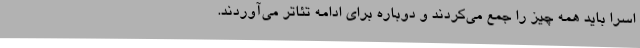
اسرا باید همه چیز را جمع می‌کردند و دوباره برای ادامه تئاتر می‌آوردند.